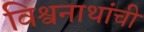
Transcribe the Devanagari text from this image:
विश्वनाथांची